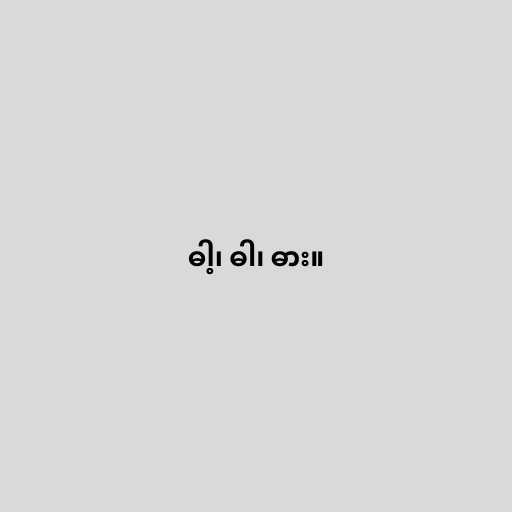
ဓါ့၊ ဓါ၊ ဓား။